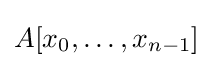
A[x_{0},\dots ,x_{n-1}]